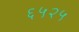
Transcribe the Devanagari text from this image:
६५२५